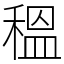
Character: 𥠺